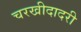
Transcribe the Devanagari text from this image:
चरखीदादरी